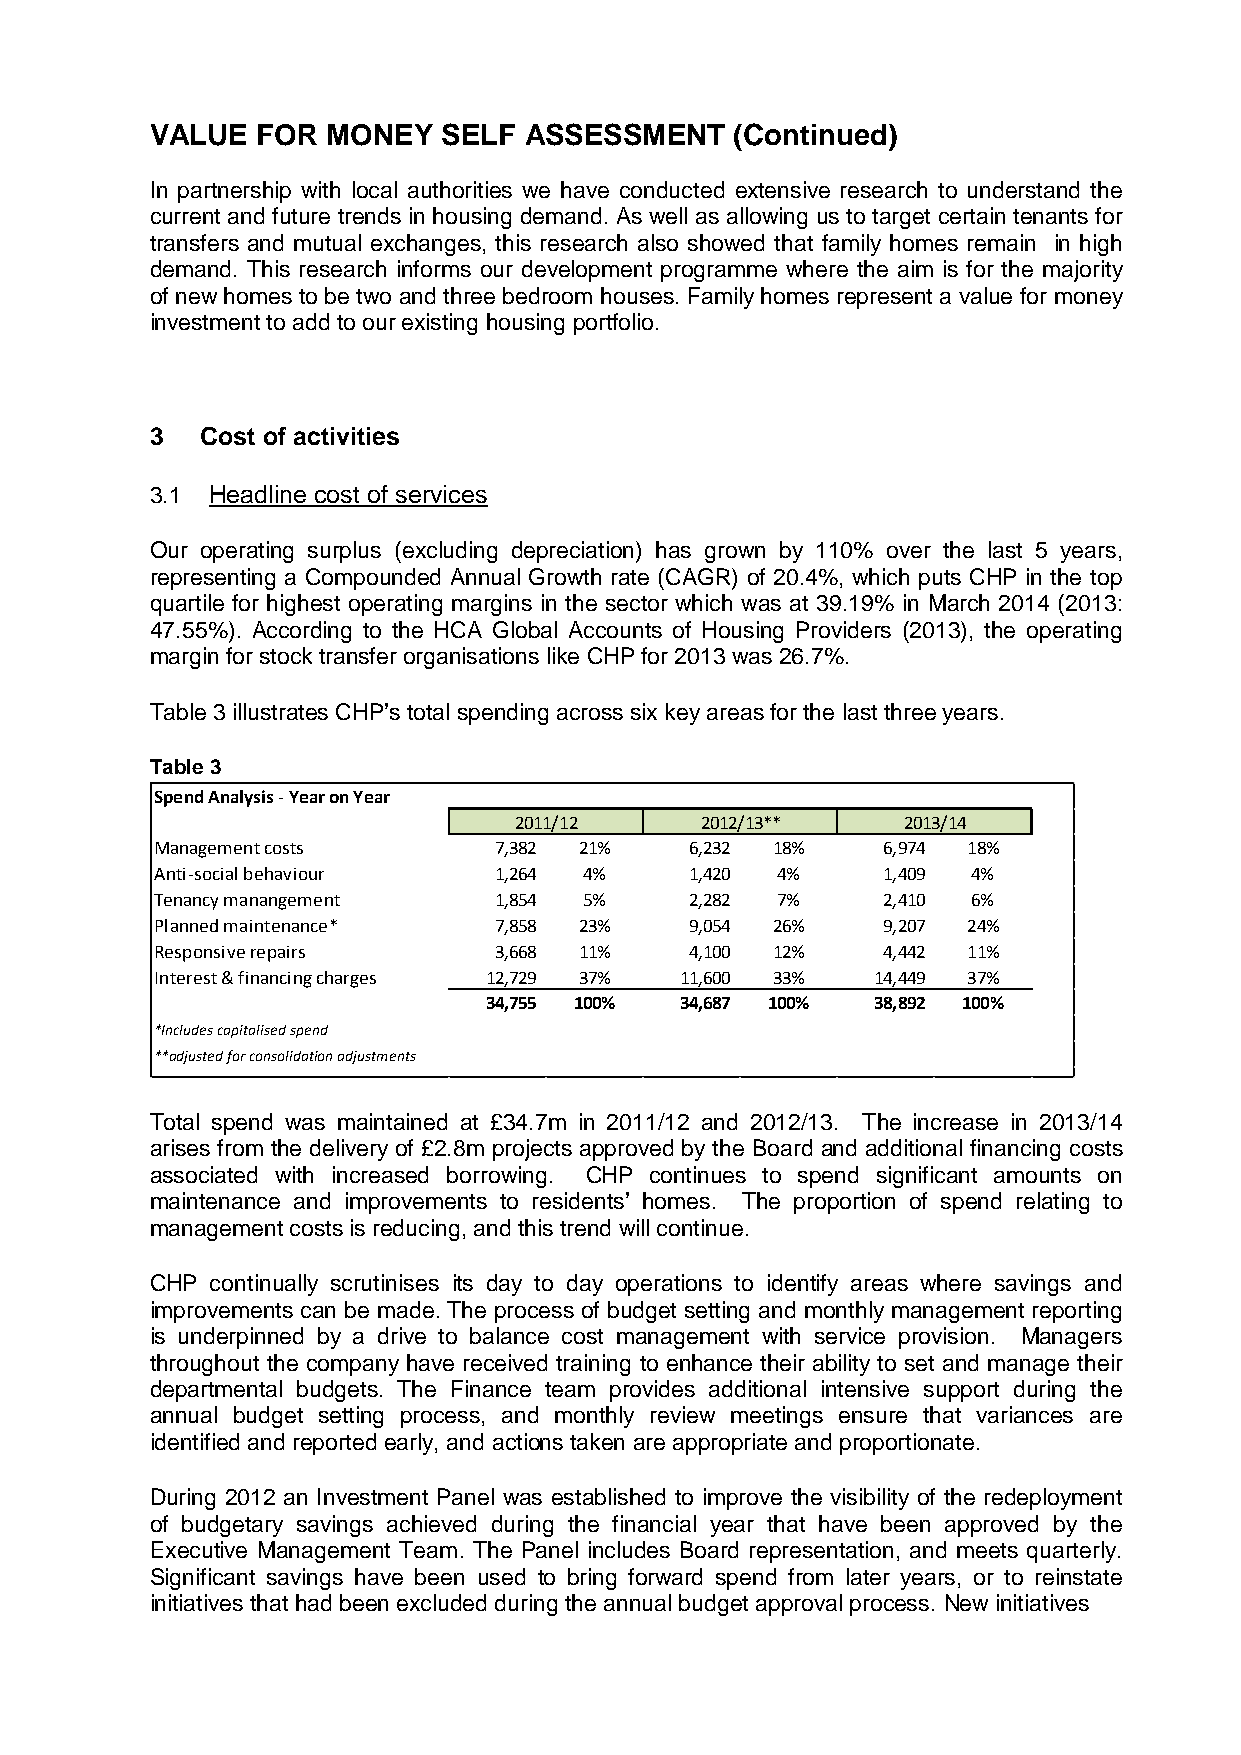
VALUE  FOR  MONEY  SELF  ASSESSMENT    (Continued)
 In partnership with local authorities we have conducted extensive research to understand the
 current and future trends in housing demand. As well as allowing us to target certain tenants for
 transfers and mutual exchanges, this research also showed that family homes remain in high
 demand. This research informs our development programme where the aim is for the majority
 of new homes to be two and three bedroom houses. Family homes represent a value for money
 investment to add to our existing housing portfolio.
 3  Cost of activities
 3.1 Headline cost of services
 Our operating surplus (excluding depreciation) has grown by 110% over the last 5 years,
 representing a Compounded Annual Growth rate (CAGR) of 20.4%, which puts CHP in the top
 quartile for highest operating margins in the sector which was at 39.19% in March 2014 (2013:
 47.55%). According to the HCA Global Accounts of Housing Providers (2013), the operating
 margin for stock transfer organisations like CHP for 2013 was 26.7%.
 Table 3 illustrates CHP’s total spending across six key areas for the last three years.
 Table 3
 Spend Analysis - Year on Year
 2011/12     2012/13**     2013/14
 Management costs       7,382 21%    6,232 18%   6,974 18%
 Anti-social behaviour  1,264 4%     1,420 4%    1,409 4%
 Tenancy manangement    1,854 5%     2,282 7%    2,410 6%
 Planned maintenance*   7,858 23%    9,054 26%   9,207 24%
 Responsive repairs     3,668 11%    4,100 12%   4,442 11%
 Interest & financing charges 1 2,729 37% 11,600 33% 1 4,449 37%
 3 4,755 100% 3 4,687 100% 3 8,892 100%
 *Includes capitalised spend
 **adjusted for consolidation adjustments
 Total spend was maintained at £34.7m in 2011/12 and 2012/13. The increase in 2013/14
 arises from the delivery of £2.8m projects approved by the Board and additional financing costs
 associated with increased borrowing. CHP continues to spend significant amounts on
 maintenance and improvements to residents’ homes. The proportion of spend relating to
 management costs is reducing, and this trend will continue.
 CHP continually scrutinises its day to day operations to identify areas where savings and
 improvements can be made. The process of budget setting and monthly management reporting
 is underpinned by a drive to balance cost management with service provision. Managers
 throughout the company have received training to enhance their ability to set and manage their
 departmental budgets. The Finance team provides additional intensive support during the
 annual budget setting process, and monthly review meetings ensure that variances are
 identified and reported early, and actions taken are appropriate and proportionate.
 During 2012 an Investment Panel was established to improve the visibility of the redeployment
 of budgetary savings achieved during the financial year that have been approved by the
 Executive Management Team. The Panel includes Board representation, and meets quarterly.
 Significant savings have been used to bring forward spend from later years, or to reinstate
 initiatives that had been excluded during the annual budget approval process. New initiatives